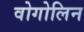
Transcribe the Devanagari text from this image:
वोगोलिन